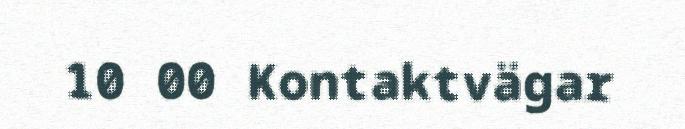
10 00 Kontaktvägar